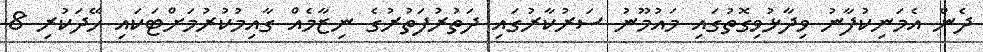
ދެން އެމަނިކުފާނު ވިދާޅުވިގޮތުގައި މައުމޫނު ސަރުކާރުގައި ދަތުރުފަތުރުގެ ނިޒާމެއް ގާއިމުކުރުމަށްޓަކައި ހޭދަކުރި 8